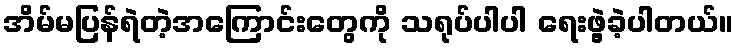
အိမ်မပြန်ရဲတဲ့အကြောင်းတွေကို သရုပ်ပါပါ ရေးဖွဲ့ခဲ့ပါတယ်။